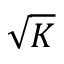
\sqrt { K }